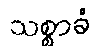
သစ္စာခံ